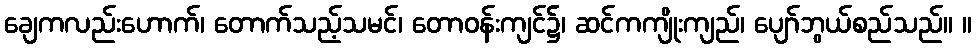
ချေကလည်းဟောက်၊ တောက်သည့်သမင်၊ တောဝန်းကျင်၌၊ ဆင်ကကျိုးကျည်၊ ပျော်ဘွယ်စည်သည်။ ။